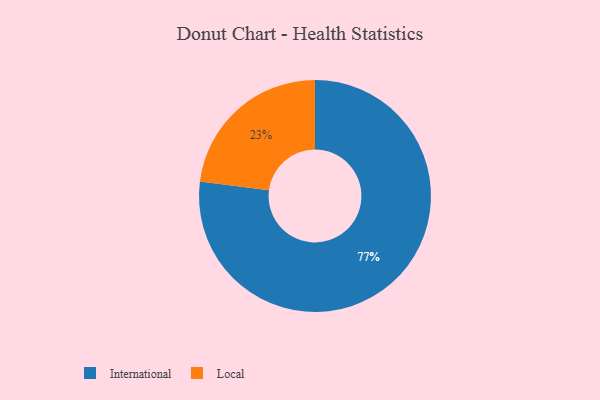
{"axis": {"x": "Category", "y": "Percentage"}, "legend": ["International", "Local"], "data": [{"x": "Local", "y": 23, "type": "Local"}, {"x": "International", "y": 77, "type": "International"}]}